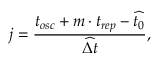
j = \frac { t _ { o s c } + m \cdot t _ { r e p } - \widehat { t _ { 0 } } } { \widehat { \Delta t } } ,